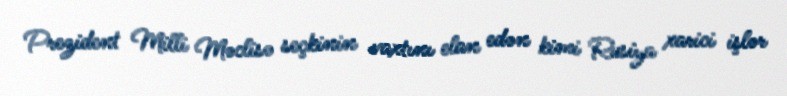
Prezident Milli Məclisə seçkinin vaxtını elan edən kimi Rusiya xarici işlər